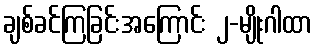
ချစ်ခင်ကြခြင်းအကြောင်း ၂-မျိုးဂါထာ